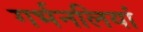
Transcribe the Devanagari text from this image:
गर्भनलियां